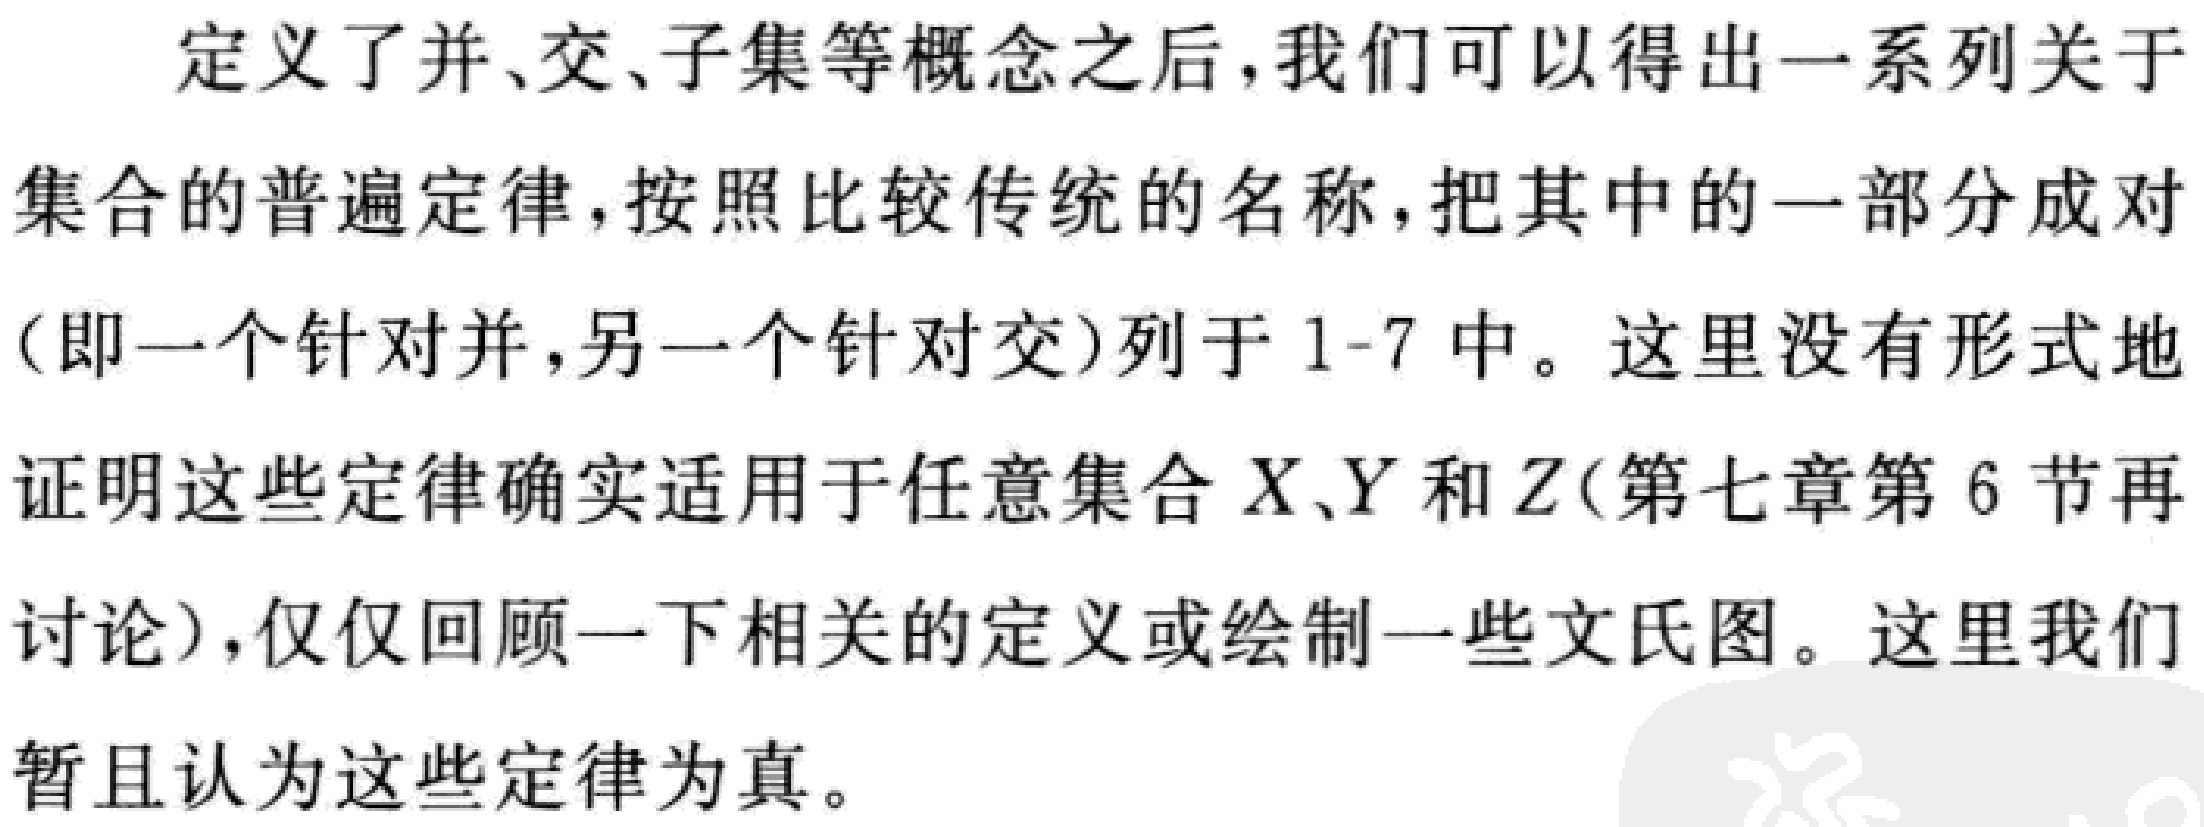
定义了并、交、子集等概念之后，我们可以得出一系列关于集合的普遍定律，按照比较传统的名称，把其中的一部分成对（即一个针对并，另一个针对交）列于1-7中。这里没有形式地证明这些定律确实适用于任意集合\(X\)、\(Y\)和\(Z\)（第七章第6节再讨论），仅仅回顾一下相关的定义或绘制一些文氏图。这里我们暂且认为这些定律为真。